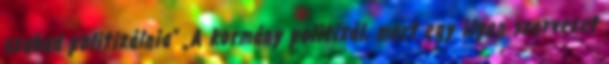
szabad politizálnia” „A kormány politizál, mert egy ilyen szervezet